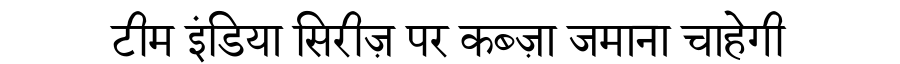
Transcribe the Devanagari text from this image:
टीम इंडिया सिरीज़ पर कब्ज़ा जमाना चाहेगी